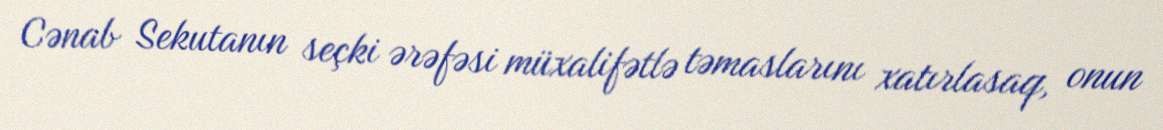
Cənab Sekutanın seçki ərəfəsi müxalifətlə təmaslarını xatırlasaq, onun